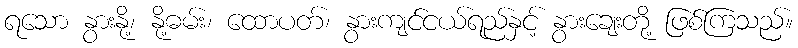
ရသော နွားနို့၊ နို့ဓမ်း၊ ထောပတ်၊ နွားကျင်ငယ်ရည်နှင့် နွားချေးတို့ ဖြစ်ကြသည်။